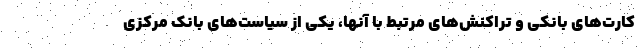
کارت‌های بانکی و تراکنش‌های مرتبط با آنها، یکی از سیاست‌های بانک مرکزی